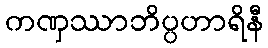
ကဏှဿာဘိပ္ပဟာရိနီ